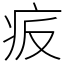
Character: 㽹